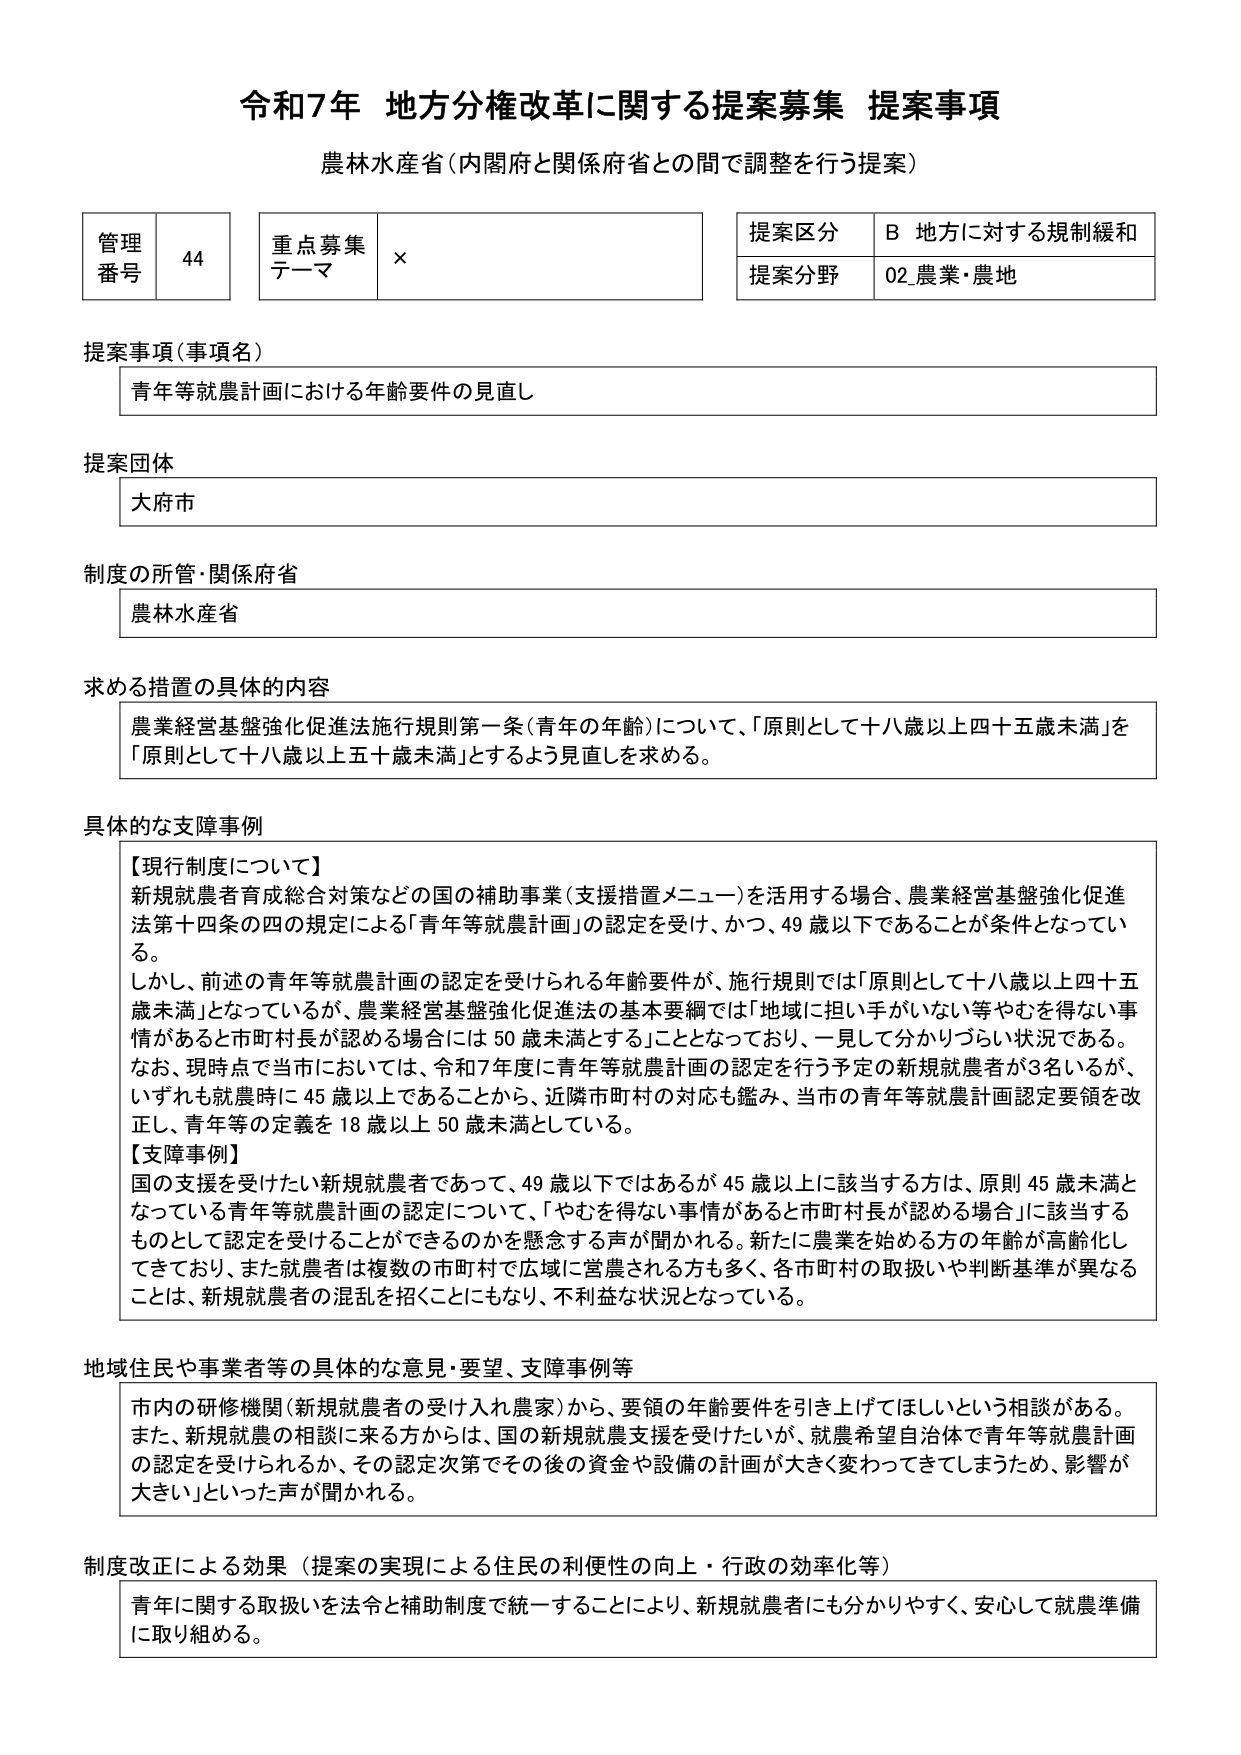
令和7年 地方分権改革に関する提案募集 提案事項
農林水産省（内閣府と関係府省との間で調整を行う提案）

管理番号 44
重点募集テーマ ×
提案区分 B 地方に対する規制緩和
提案分野 02 農業・農地

提案事項（事項名）
青年等就農計画における年齢要件の見直し

提案団体
大府市

制度の所管・関係府省
農林水産省

求める措置の具体的内容
農業経営基盤強化促進法施行規則第一条（青年の年齢）について、「原則として十八歳以上四十五歳未満」を「原則として十八歳以上五十歳未満」とするよう見直しを求める。

具体的な支障事例
【現行制度について】
新規就農者育成総合対策などの国の補助事業（支援措置メニュー）を活用する場合、農業経営基盤強化促進法第十四条の四の規定による「青年等就農計画」の認定を受け、かつ、49歳以下であることが条件となっている。
しかし、前述の青年等就農計画の認定を受ける年齢要件が、施行規則では「原則として十八歳以上四十五歳未満」となっているが、農業経営基盤強化促進法の基本要綱では「地域に担い手がいない等やむを得ない事情があると市町村長が認める場合には50歳未満とする」こととなっており、一見して分かりづらい状況である。
なお、現時点で当市においては、令和7年度に青年等就農計画の認定を行う予定の新規就農者が3名いるが、いずれも就農時に45歳以上であることから、近隣市町村の対応も鑑み、当市の青年等就農計画認定要領を改正し、青年等の定義を18歳以上50歳未満としている。
【支障事例】
国の支援を受けたい新規就農者であって、49歳以下ではあるが45歳以上に該当する方は、原則45歳未満となっている青年等就農計画の認定について、「やむを得ない事情があると市町村長が認める場合」に該当するものとして認定を受けることができるのかを懸念する声が聞かれる。新たに農業を始める方の年齢が高齢化してきており、また就農者は複数の市町村で広域に営農される方も多く、各市町村の取扱いや判断基準が異なることは、新規就農者の混乱を招くことにもなり、不利益な状況となっている。

地域住民や事業者等の具体的な意見・要望、支障事例等
市内の研修機関（新規就農者の受け入れ農家）から、要領の年齢要件を引き上げてほしいという相談がある。
また、新規就農の相談に来る方からは、国の新規就農支援を受けたいが、就農希望自治体で青年等就農計画の認定を受けられるか、その認定次第でその後の資金や設備の計画が大きく変わってしまうため、影響が大きい」といった声が聞かれる。

制度改正による効果（提案の実現による住民の利便性の向上・行政の効率化等）
青年に関する取扱いを法令と補助制度で統一することにより、新規就農者にも分かりやすく、安心して就農準備に取り組める。